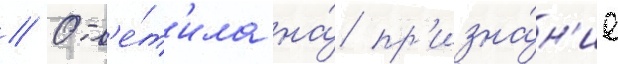
// Отв'е́т'ила на́ пр'изна́н'ие